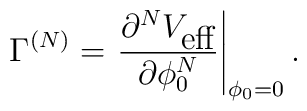
\Gamma^{(N)}=\left.\frac{\partial^{N}V_{\mbox{eff}}}{\partial\phi_{0}^{N}}\right|_{\phi_{0}=0}.